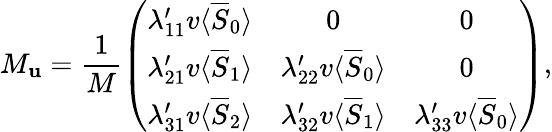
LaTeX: M_{\mathbf{u}}=\frac{{1}}{{M}}\left(\begin{array}{ccc}{{\lambda_{11}^{\prime}v\langle\overline{{{S}}}_{0}\rangle}}&{{0}}&{{0}}\\ {{\lambda_{21}^{\prime}v\langle\overline{{{S}}}_{1}\rangle}}&{{\lambda_{22}^{\prime}v\langle\overline{{{S}}}_{0}\rangle}}&{{0}}\\ {{\lambda_{31}^{\prime}v\langle\overline{{{S}}}_{2}\rangle}}&{{\lambda_{32}^{\prime}v\langle\overline{{{S}}}_{1}\rangle}}&{{\lambda_{33}^{\prime}v\langle\overline{{{S}}}_{0}\rangle}}\end{array}\right),